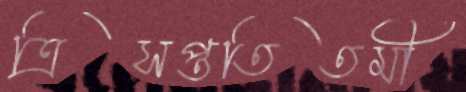
ত্রিসপ্ততিতমী